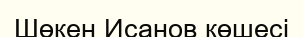
Шөкен Исанов көшесі